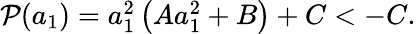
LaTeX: \begin{array}{r}{\mathcal{P}(a_{1})=a_{1}^{2}\left(Aa_{1}^{2}+B\right)+C<-C.}\end{array}